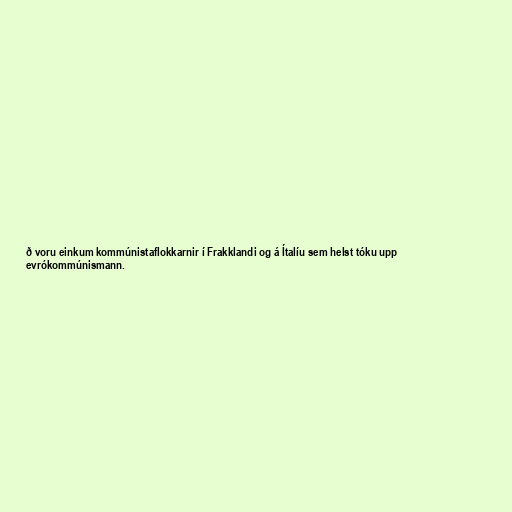
ð voru einkum kommúnistaflokkarnir í Frakklandi og á Ítalíu sem helst tóku upp
evrókommúnismann.